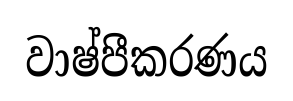
වාෂ්පීකරණය